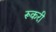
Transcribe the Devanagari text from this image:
रूकरी